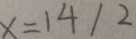
x = 1 4 / 2